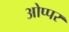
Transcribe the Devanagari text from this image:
ओप्पर